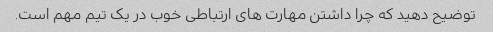
توضیح دهید که چرا داشتن مهارت های ارتباطی خوب در یک تیم مهم است.